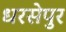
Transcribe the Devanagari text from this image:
धरसेपुर